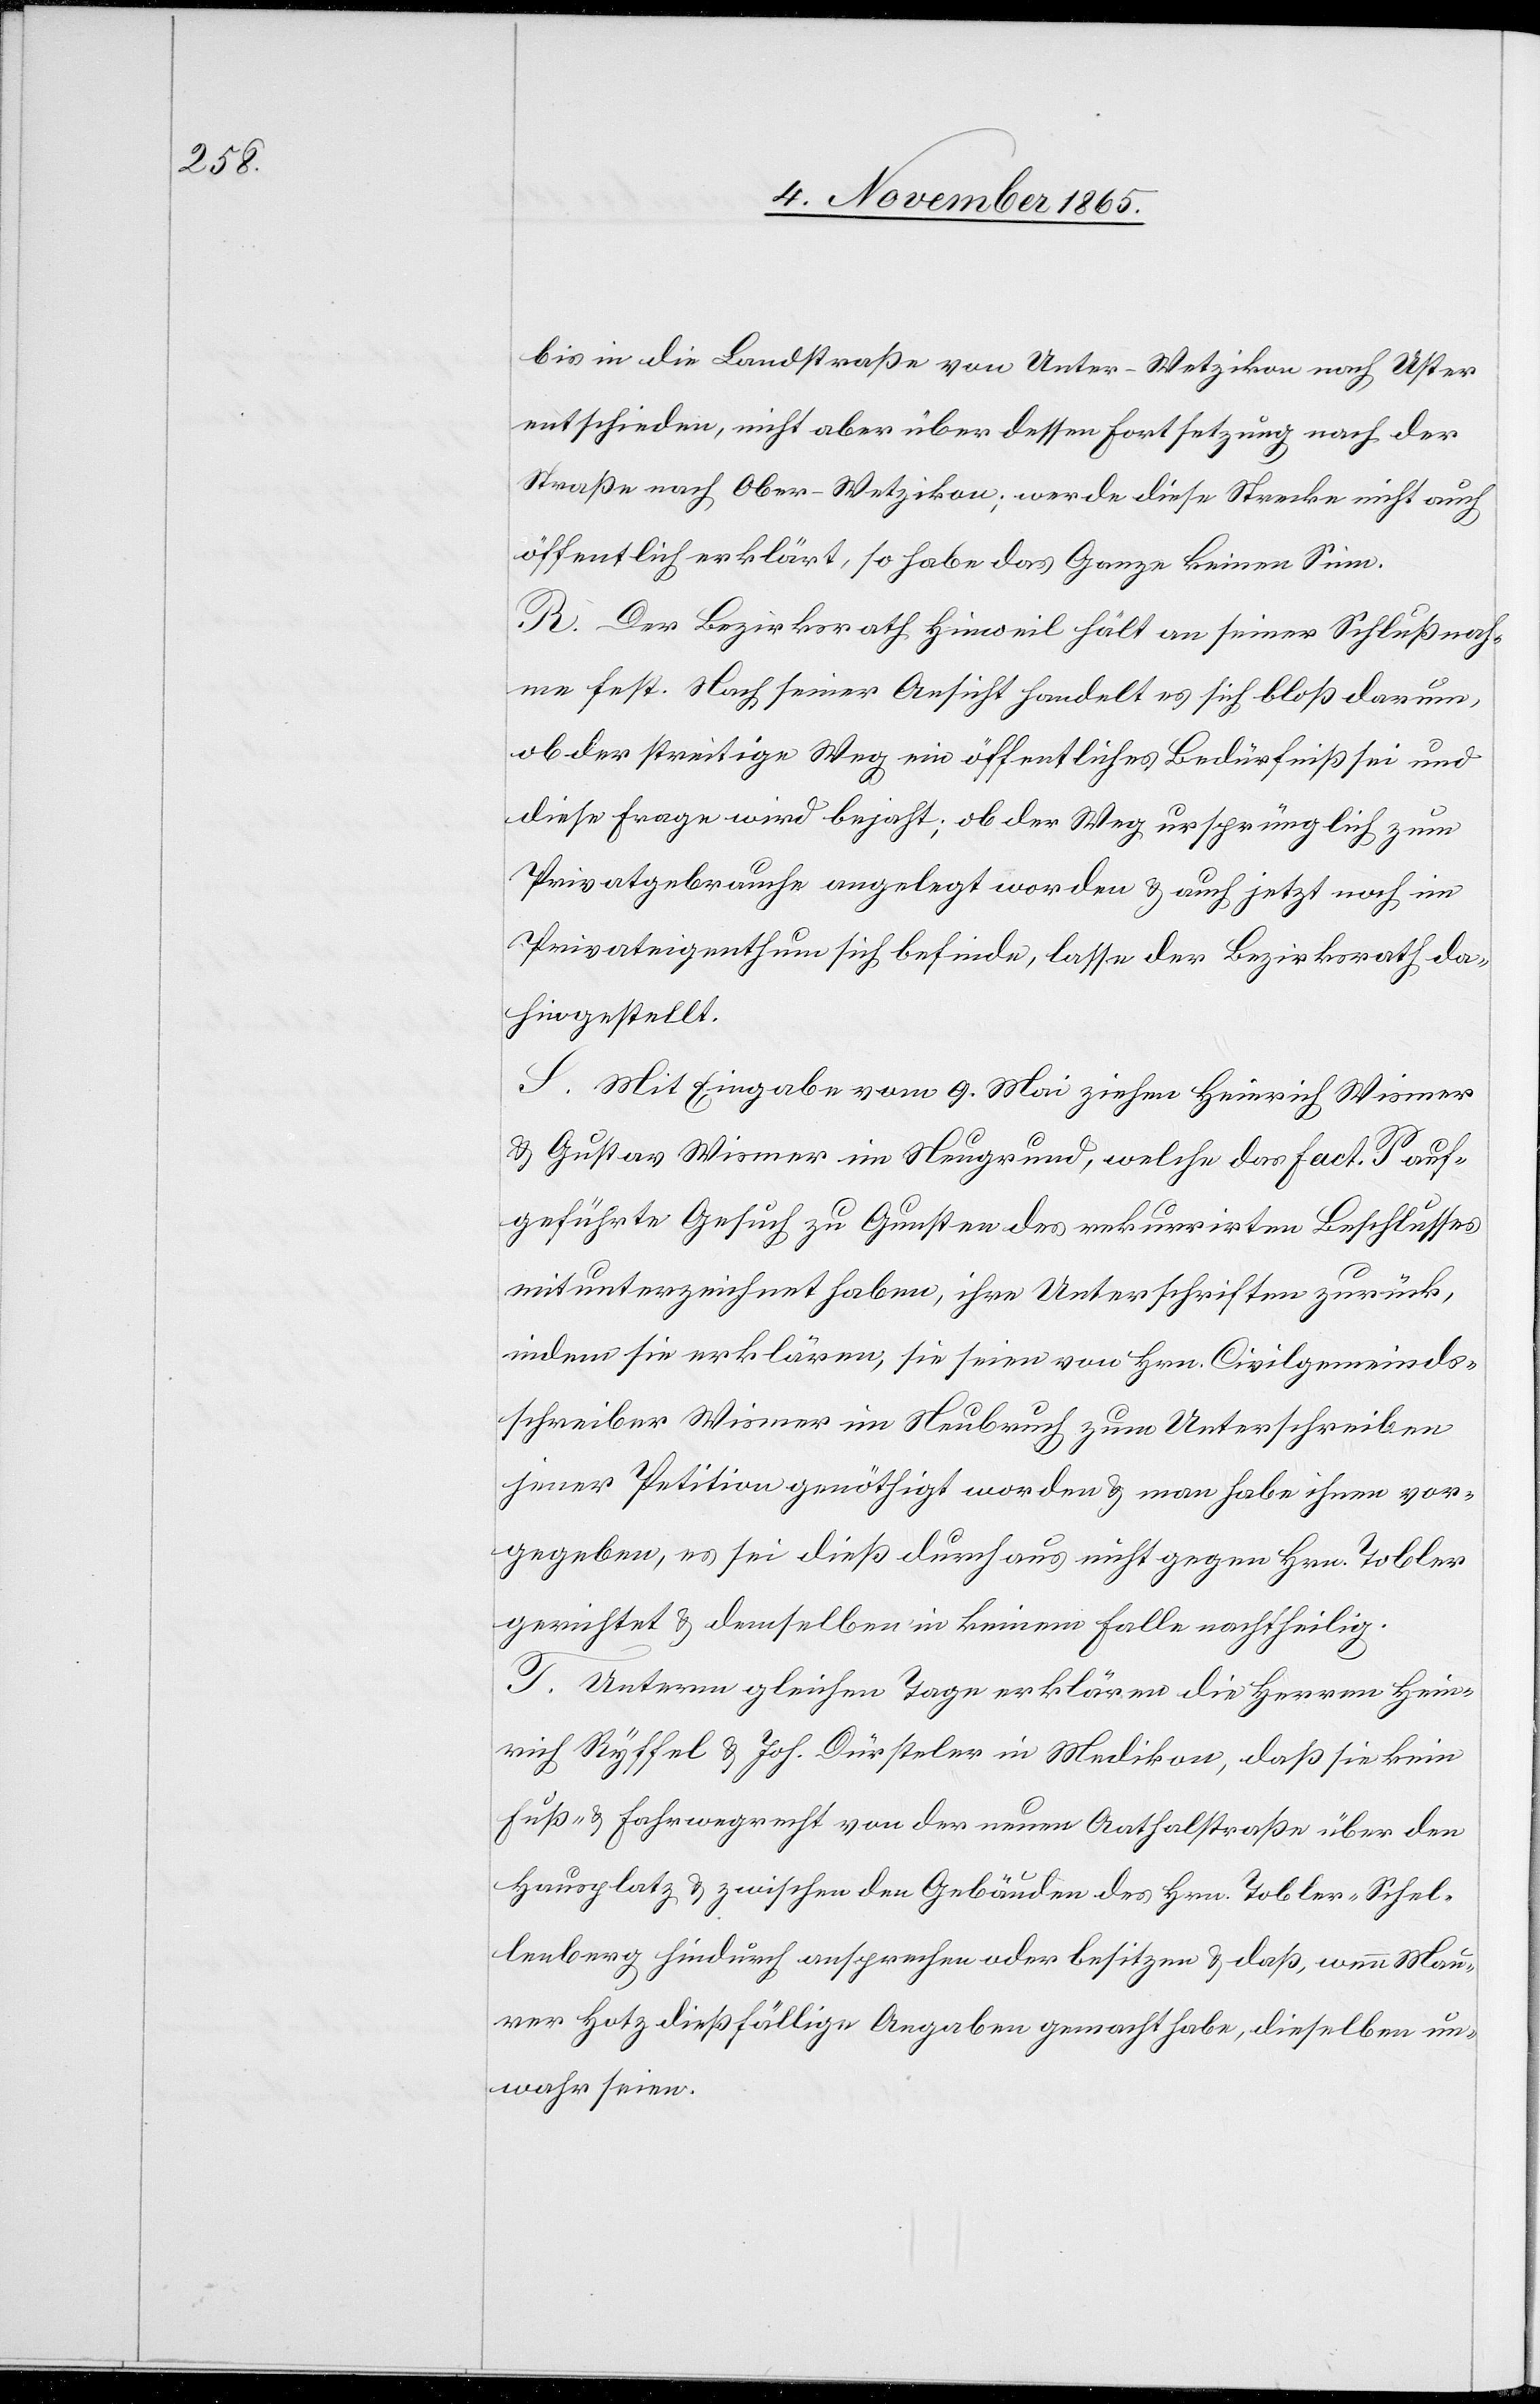
bis in die Landstraße von Unter-Wetzikon nach Uster
entschieden, nicht aber über dessen Fortsetzung nach der
Straße nach Ober-Wetzikon; werde diese Strecke nicht auch
öffentlich erklärt, so habe das Ganze keinen Sinn.
R. Der Bezirksrath Hinweil hält an seiner Schlußnah¬
me fest. Nach seiner Ansicht handelt es sich bloß darum,
ob der streitige Weg ein öffentliches Bedürfniß sei und
diese Frage wird bejaht; ob der Weg ursprünglich zum
Privatgebrauche angelegt worden & auch jetzt noch im
Privateigenthum sich befinde, lasse der Bezirksrath da¬
hingestellt.
S. Mit Eingabe vom 9. Mai ziehen Heinrich Wismer
& Gustav Wismer im Neugrund, welche das Fact. P auf¬
geführte Gesuch zu Gunsten des rekurrirten Beschlusses
mit unterzeichnet haben, ihre Unterschriften zurück,
indem sie erklären, sie seien von Hrn. Civilgemeinds¬
schreiber Wismer im Neubruch zum Unterschreiben
jener Petition genöthigt worden & man habe ihnen vor¬
gegeben, es sei dieß durchaus nicht gegen Hrn. Tobler
gerichtet & demselben in keinem Falle nachtheilig.
T. Unterm gleichen Tage erklären die Herren Hein¬
rich Ryffel & Joh. Dürsteler in Medikon, daß sie kein
Fuß- & Fahrwegrecht von der neuen Aathalstraße über den
Hausplatz & zwischen den Gebäuden des Hrn. Tobler-Schel¬
lenberg hindurch ansprechen oder besitzen & daß, wenn Mau¬
rer Hotz dießfällige Angaben gemacht habe, dieselben un¬
wahr seien.